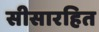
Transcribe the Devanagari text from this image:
सीसारहित